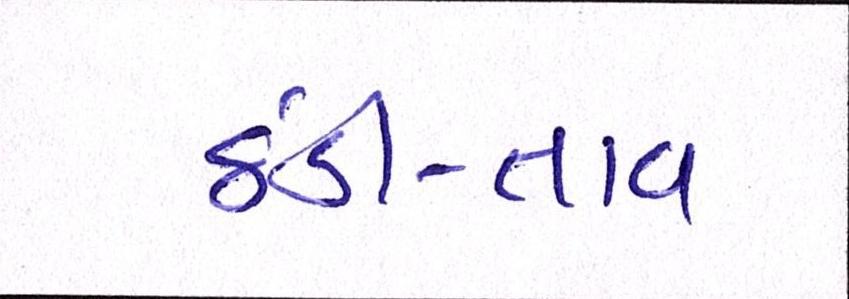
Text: ઠંડી-તાવ